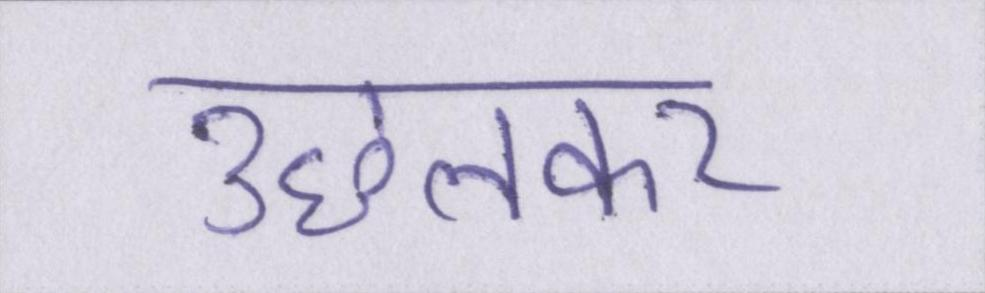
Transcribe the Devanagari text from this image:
उछलकर